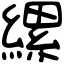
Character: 縲